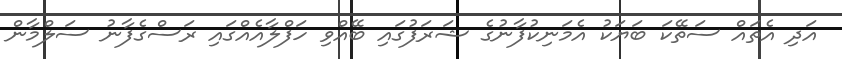
އަދި އެތައް ސަތޭކަ ބަޔަކު އެމަނިކުފާނުގެ ޝަރަފުގައި ބޭއްވި ހަފްލާއެއްގައި ރަސްގެފާނު ސަލްމާން